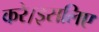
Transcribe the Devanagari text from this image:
करे।इसलिए